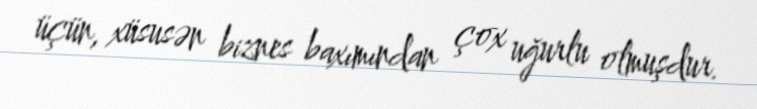
üçün, xüsusən biznes baxımından çox uğurlu olmuşdur.